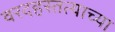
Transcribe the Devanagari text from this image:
वरदहस्तत्याच्या